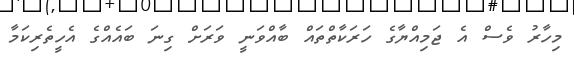
މިހާރު ވެސް އެ ޖަމިއްޔާގެ ހަރަކާތްތައް ބާއްވަނީ ވަރަށް ގިނަ ބައެއްގެ އެހީތެރިކަމާ